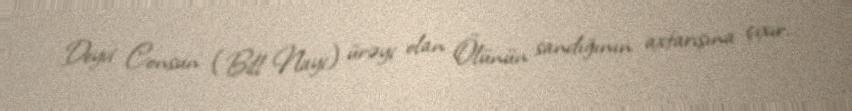
Deyvi Consun (Bill Nayi) ürəyi olan Ölünün sandığının axtarışına çıxır.